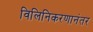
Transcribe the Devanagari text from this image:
विलिनिकरणानंतर